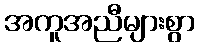
အကူအညီများစွာ